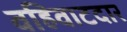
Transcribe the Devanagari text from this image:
वहिवाटदार